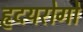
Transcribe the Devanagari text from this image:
हृदयरोगो